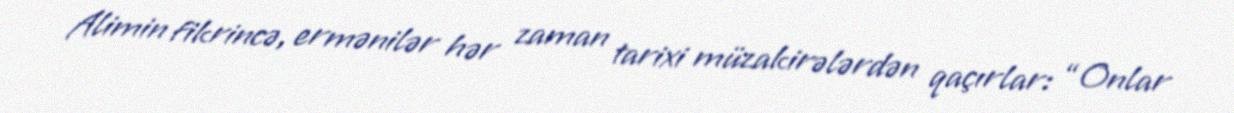
Alimin fikrincə, ermənilər hər zaman tarixi müzakirələrdən qaçırlar: “Onlar